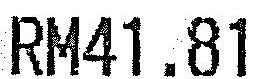
RM41.81